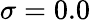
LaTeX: \sigma=0.0